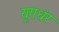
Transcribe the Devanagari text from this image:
यूगधंर